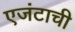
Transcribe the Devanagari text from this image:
एजंटाची